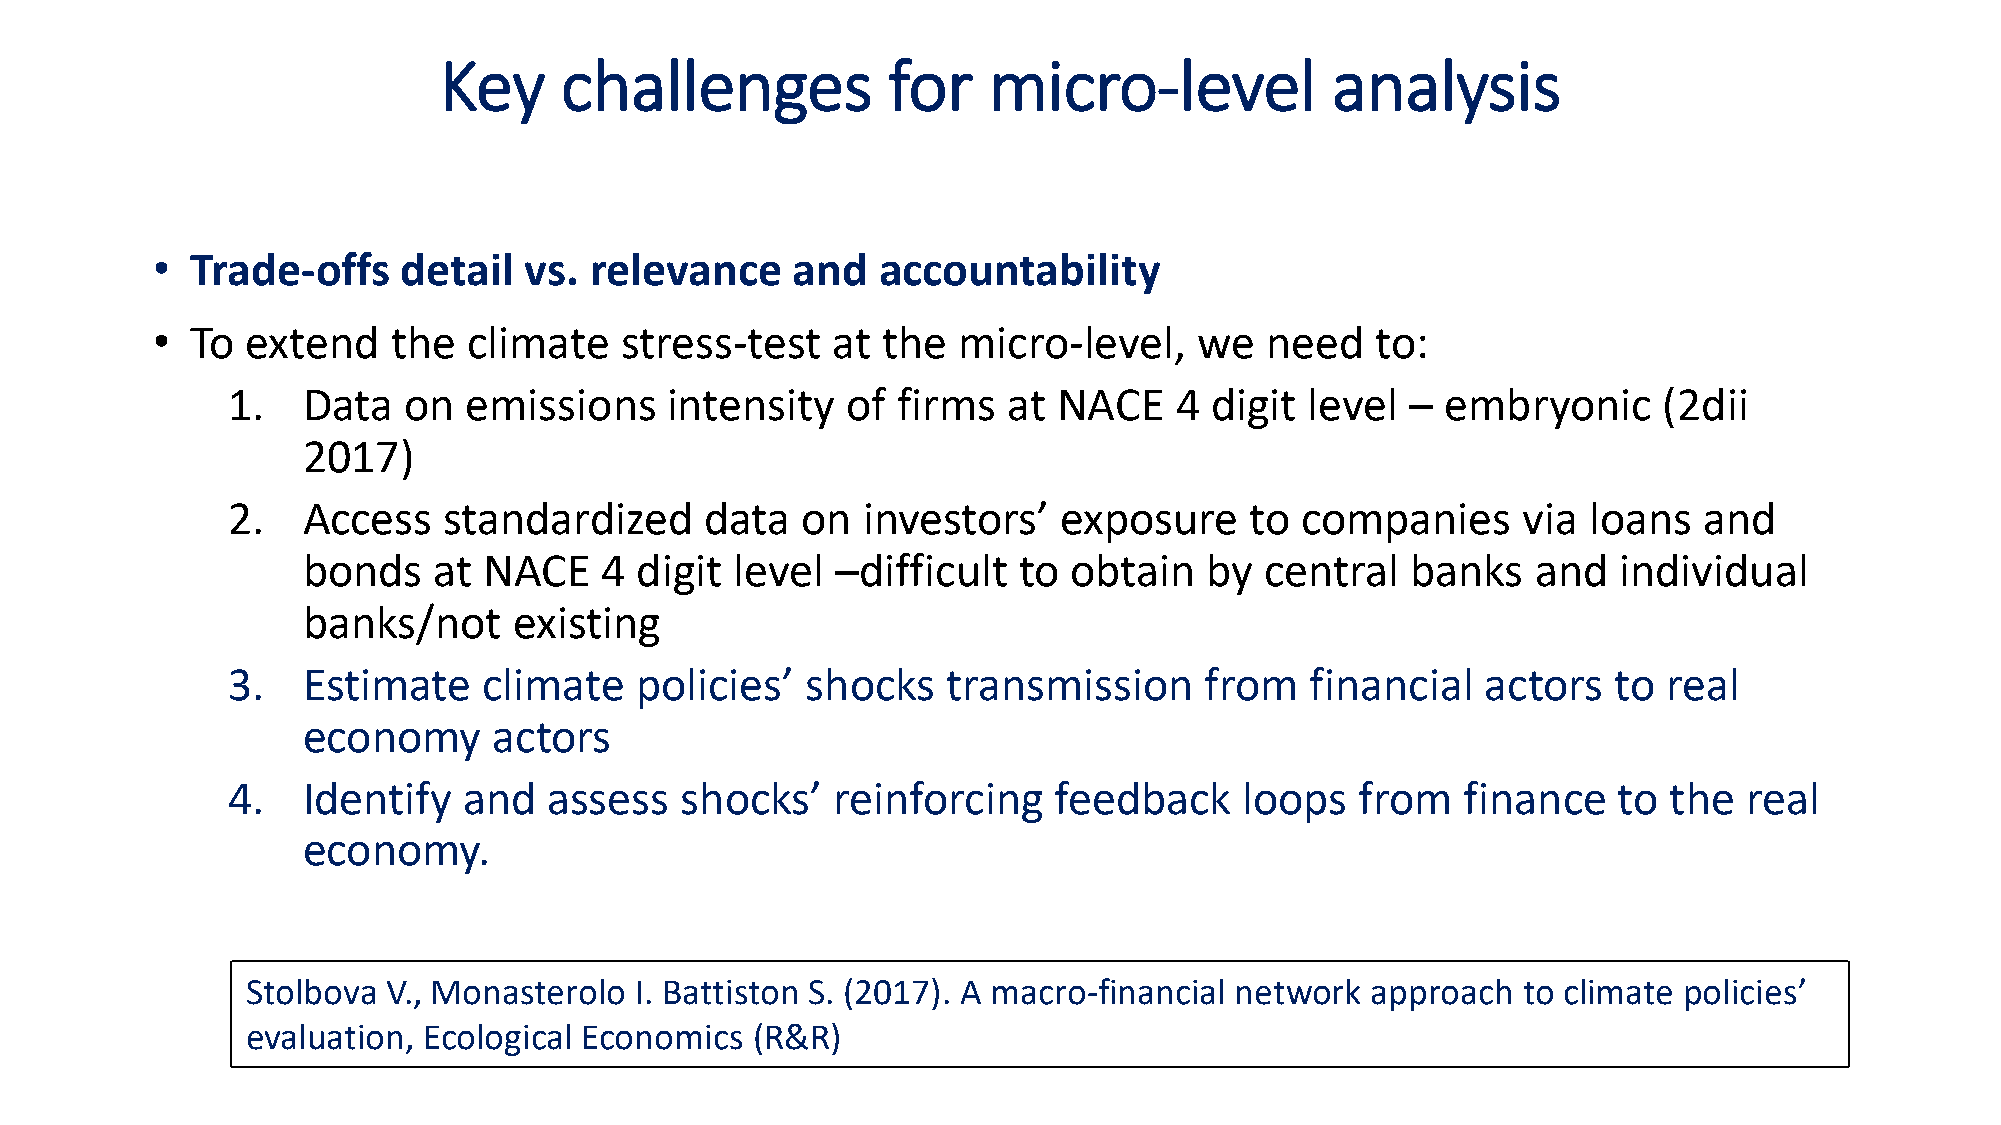
Key     challenges            for   micro-level            analysis
 •  Trade-offs    detail  vs. relevance     and  accountability
 •  To extend    the  climate   stress-test   at the  micro-level,    we   need   to:
 1.   Data   on  emissions    intensity   of firms   at NACE    4 digit  level –  embryonic     (2dii
 2017)
 2.   Access   standardized      data  on  investors’   exposure     to companies      via loans   and
 bonds    at NACE    4 digit  level –difficult  to  obtain   by  central  banks    and  individual
 banks/not     existing
 3.   Estimate    climate   policies’  shocks    transmission     from   financial  actors   to real
 economy      actors
 4.   Identify   and  assess   shocks’   reinforcing    feedback    loops   from   finance   to the   real
 economy.
 Stolbova  V., Monasterolo I. Battiston S. (2017). A macro-financial network approach to climate policies’
 evaluation, Ecological Economics  (R&R)